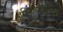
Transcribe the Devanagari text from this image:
अस्तित्वाखेरीज